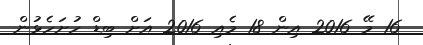
16 މޭ 2016 އިން 18 މެއި 2016 އަށް ބިޑް ހުށަހެޅުން